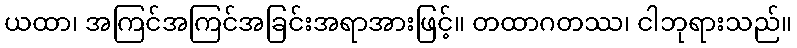
ယထာ၊ အကြင်အကြင်အခြင်းအရာအားဖြင့်။ တထာဂတဿ၊ ငါဘုရားသည်။